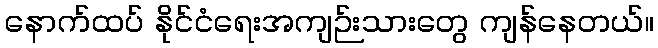
နောက်ထပ် နိုင်ငံရေးအကျဉ်းသားတွေ ကျန်နေတယ်။